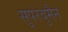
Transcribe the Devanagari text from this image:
सुपरवुमैन